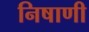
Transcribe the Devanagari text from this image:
निषाणी